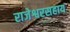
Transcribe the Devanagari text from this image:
राजेश्वरसहाय